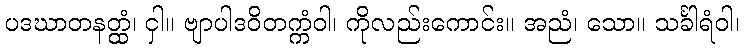
ပဒဃာတနတ္ထံ၊ ငှါ။ ဗျာပါဒဝိတက္ကံဝါ၊ ကိုလည်းကောင်း။ အညံ၊ သော။ သင်္ခါရံဝါ၊